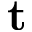
{ \bf t }